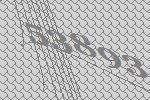
53893